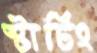
স্টার্টিং